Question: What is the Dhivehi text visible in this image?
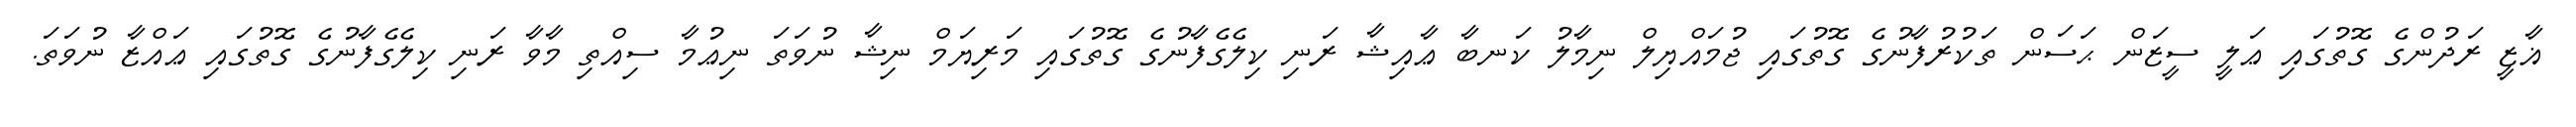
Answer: ޣާޒީ ރަދުންގެ ގޮތުގައި ޢަލީ ސީޒަން ޙަސަން ތަކުރުފާނުގެ ގޮތުގައި ޖުމައްޔިލް ނިމާލު ކަނބާ ޢާއިޝާ ރަނި ކިލެގެފާނުގެ ގޮތުގައި މަރިޔަމް ނިޝާ ނުވަތަ ނިޢުމާ ސިއްތި މާވާ ރަނި ކިލެގެފާނުގެ ގޮތުގައި ޢައްޒާ ނުވަތަ.